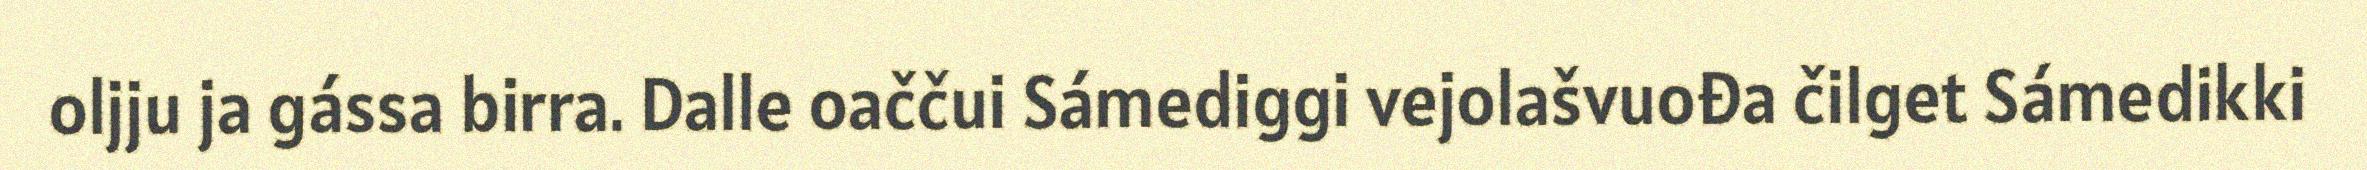
oljju ja gássa birra. Dalle oaččui Sámediggi vejolašvuođa čilget Sámedikki